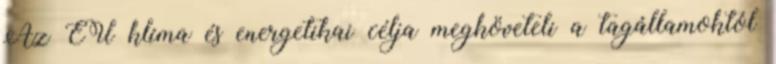
Az EU klíma és energetikai célja megköveteli a tagállamoktól